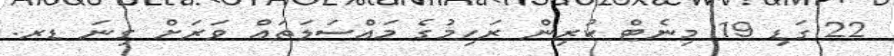
22 ގަޑި 19 މިނެޓް ކުރިން ރަހިމުގެ މައްސަލަތައް ވަރަށް ގިނަ ޑރ.